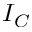
I _ { C }